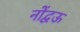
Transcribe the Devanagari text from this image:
नोंद्वऊ